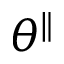
\theta ^ { \parallel }